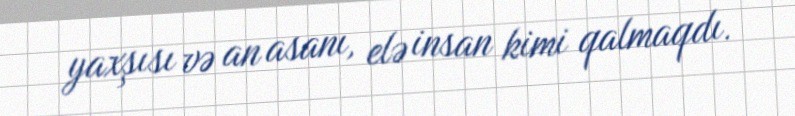
yaxşısı və an asanı, elə insan kimi qalmaqdı.